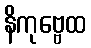
နိကုဗ္ဗေထ